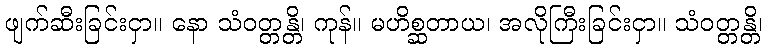
ဖျက်ဆီးခြင်းငှာ။ နော သံဝတ္တန္တိ၊ ကုန်။ မဟိစ္ဆတာယ၊ အလိုကြီးခြင်းငှာ။ သံဝတ္တန္တိ၊